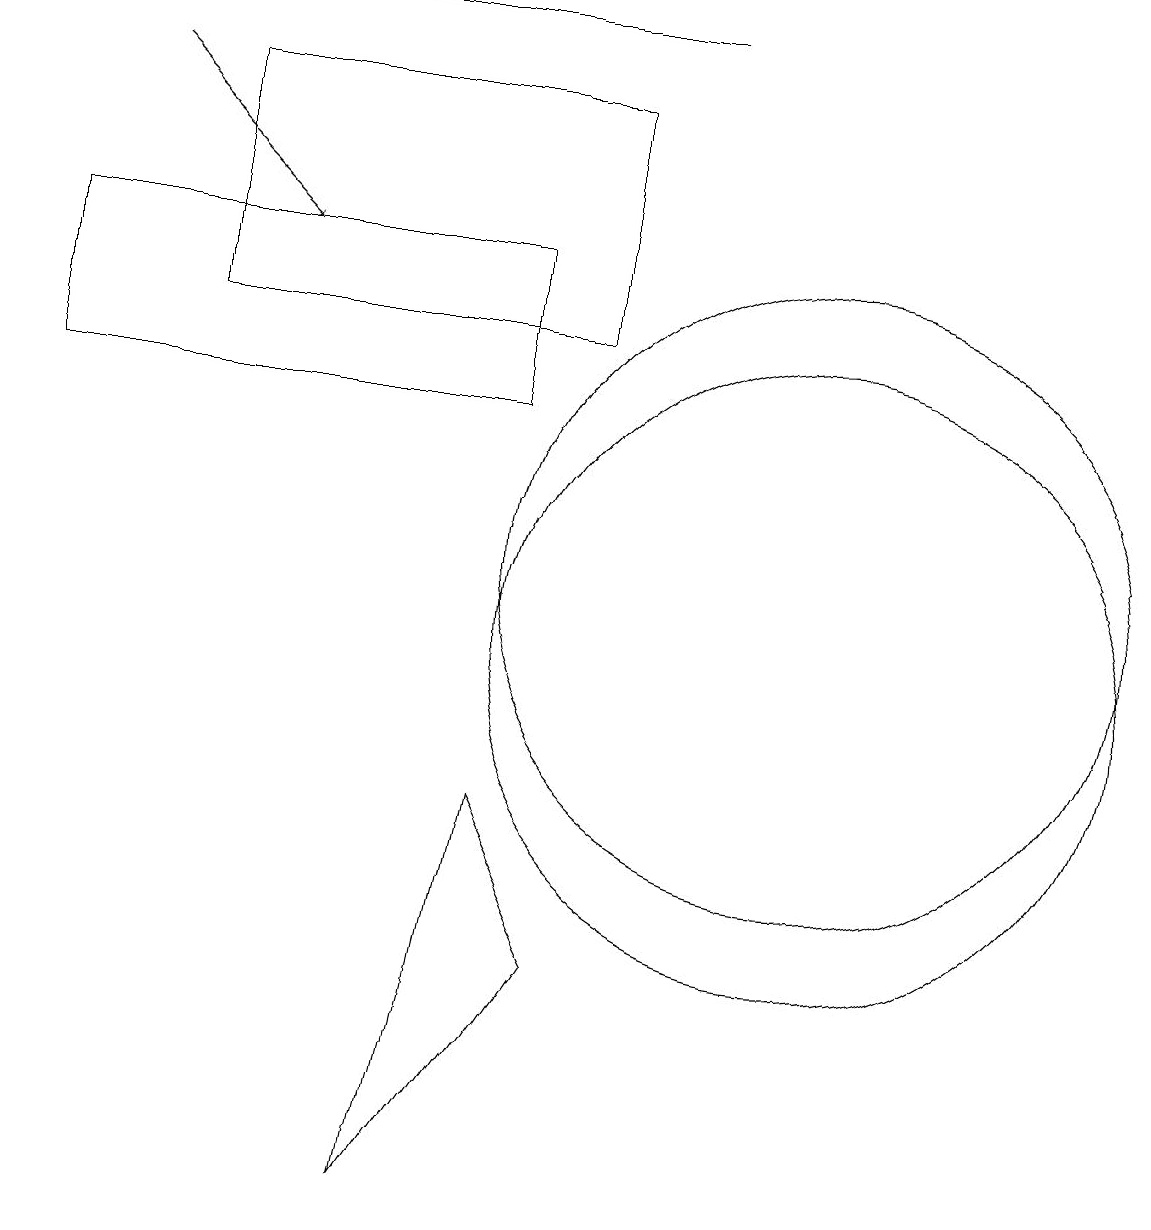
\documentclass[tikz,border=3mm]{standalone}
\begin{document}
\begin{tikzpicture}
\draw (10,11) circle (4);
\draw (8,18) rectangle (3,18);
\draw (10,10) circle (4);
\draw[->] (1,17) -- (3,15);
\draw (0,13) rectangle (6,15);
\draw (2,14) rectangle (7,17);
\draw (6,8) -- (5,3) -- (7,6) -- cycle;
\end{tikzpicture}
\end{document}